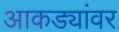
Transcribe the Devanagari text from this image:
आकड्यांवर